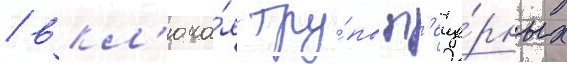
/ вкл'юча́я тру́пы п'еще́рных